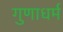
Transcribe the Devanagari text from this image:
गुणाधर्म